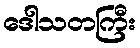
ဒေါသတကြီး